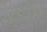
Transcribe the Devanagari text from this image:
ज्ञानन्द्रियों